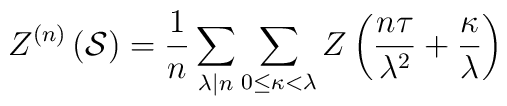
Z^{(n)}\left( \mathcal{S}\right) =\frac{1}{n}\sum _{\lambda |n}\sum _{0\leq \kappa <\lambda }Z\left( \frac{n\tau }{\lambda ^{2}}+\frac{\kappa }{\lambda }\right)